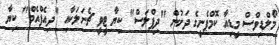
މޯލްޑިވްސް މީޑިއާ ކޮމްޕެނީގެ ދަށުން "ދިޕްލަސް" ކިޔާ ޓީވީ ޗެނަލަކާއި "ދިއެފްއެމް" ކިޔާ